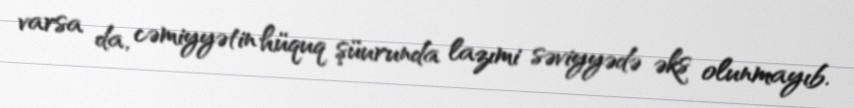
varsa da, cəmiyyətin hüquq şüurunda lazımi səviyyədə əks olunmayıb.